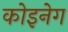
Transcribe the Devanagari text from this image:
कोइनेग